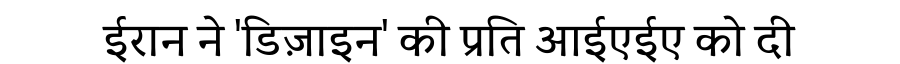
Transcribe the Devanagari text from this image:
ईरान ने 'डिज़ाइन' की प्रति आईएईए को दी